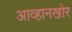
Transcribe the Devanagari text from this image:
आव्हानखोर